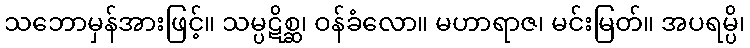
သဘောမှန်အားဖြင့်။ သမ္ပဋိစ္ဆ၊ ဝန်ခံလော။ မဟာရာဇ၊ မင်းမြတ်။ အပရမ္ပိ၊